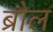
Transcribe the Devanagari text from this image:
ब्रौल